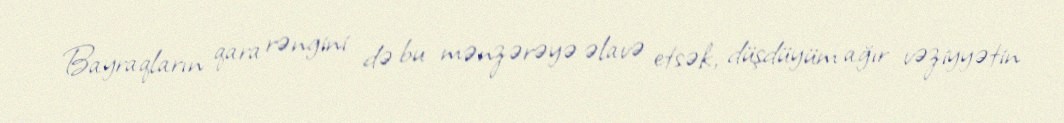
Bayraqların qara rəngini də bu mənzərəyə əlavə etsək, düşdüyüm ağır vəziyyətin